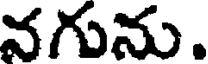
వగును.